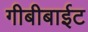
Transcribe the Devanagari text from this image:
गीबीबाईट